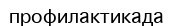
профилактикада